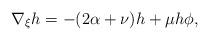
LaTeX: \begin{align*}\nabla _{\xi }h=-(2\alpha +\nu )h+\mu h\phi , \end{align*}